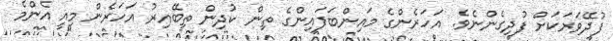
ފުދޭވަރަކަށް ފުދިގެންނެވެ. އަހަރެންގެ މައިންބަފައިންގެ ތިން ކުދިން ތިބޭއިރު އަހަރެން މިއީ އެންމެ